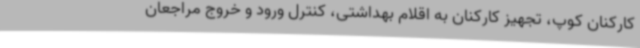
کارکنان کوپ، تجهیز کارکنان به اقلام بهداشتی، کنترل ورود و خروج مراجعان